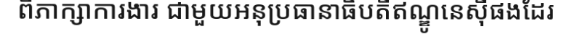
ពិភាក្សាការងារ ជាមួយអនុប្រធានាធិបតីឥណ្ឌូនេស៊ីផងដែរ